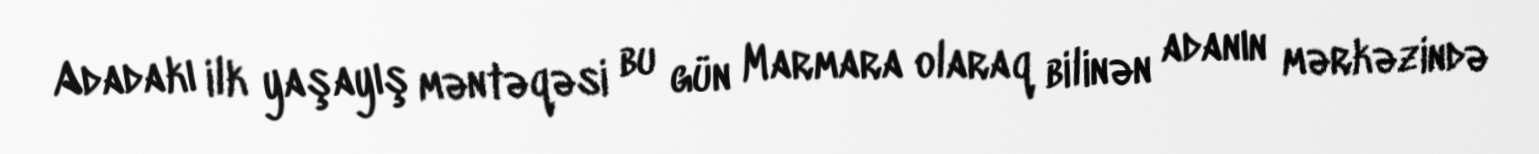
Adadakı ilk yaşayış məntəqəsi bu gün Marmara olaraq bilinən adanın mərkəzində